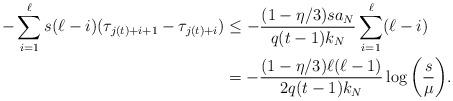
LaTeX: \begin{align*}- \sum_{i=1}^{\ell} s(\ell - i)(\tau_{j(t) + i + 1} - \tau_{j(t) + i}) &\leq - \frac{(1 - \eta/3) s a_N}{q(t-1) k_N} \sum_{i=1}^{\ell} (\ell - i) \\&= - \frac{(1 - \eta/3) \ell (\ell - 1)}{2 q(t-1) k_N} \log \bigg( \frac{s}{\mu} \bigg).\end{align*}